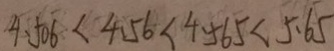
4 . 5 0 6 < 4 . 5 6 < 4 . 5 6 5 < 5 . 6 5